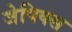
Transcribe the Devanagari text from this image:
जेपिक्स